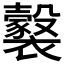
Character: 𧞹